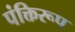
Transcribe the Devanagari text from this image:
पंक्तिरूप